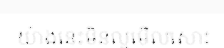
យ៉ាងនេះមិនល្អមើលសោះ